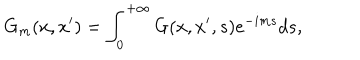
G _ { m } ( x , x ^ { \prime } ) = \int _ { 0 } ^ { + \infty } G ( x , x ^ { \prime } , s ) e ^ { - i m s } d s ,